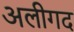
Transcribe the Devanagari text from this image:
अलीगद